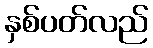
နှစ်ပတ်လည်